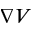
\nabla V